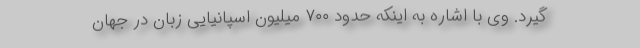
گیرد. وی با اشاره به اینکه حدود ۷۰۰ میلیون اسپانیایی زبان در جهان